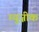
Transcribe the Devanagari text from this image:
म्युज़ीक